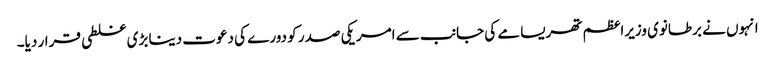
انہوں نے برطانوی وزیراعظم تھریسامے کی جانب سے امریکی صدر کو دورے کی دعوت دینا بڑی غلطی قرار دیا۔